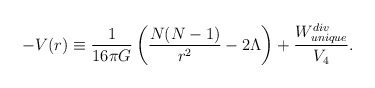
\begin{align*}-V(r)\equiv {1\over 16\pi G}\left({N(N-1)\over r^2}-2\Lambda\right)+{W_{unique}^{div}\over V_4}. \end{align*}